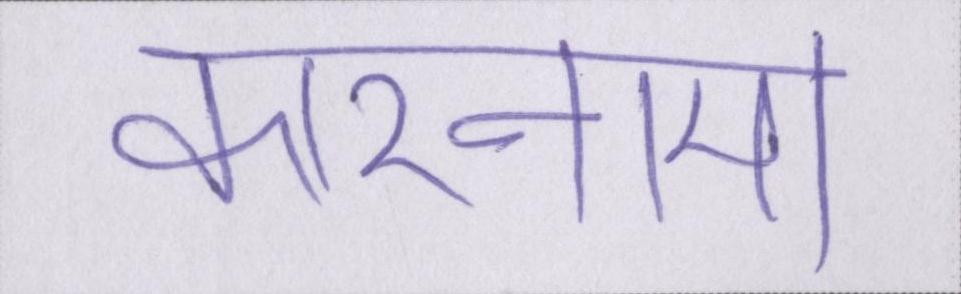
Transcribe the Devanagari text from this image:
कारनामा